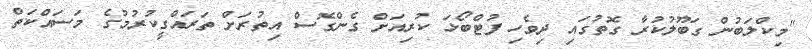
"މިކްލަބުން ގަބޫލުކުރާ ގޮތުގައި ދިވެހި ފުޓްބޯޅަ ކުރިއަށް ގެންގޮސް އިތުރަށް ތަރައްގީކުރުމުގެ މަސައްކަތް